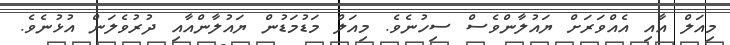
މިއަލް އާއި އެއްވަރަށް ޔައުލާންވެސް ސިހުނެވެ. މިއަލް މަޑުމަޑުން ޔައުލާންއާއި ދުރުވެލަން އުޅުނެވެ.